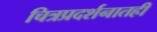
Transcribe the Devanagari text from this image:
चित्रप्रदर्शनातही